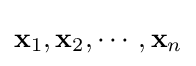
\mathbf {x} _{1},\mathbf {x} _{2},\cdots ,\mathbf {x} _{n}